Calcutta medical institutions reports 1879-81 [i.e.91]
Year: 1879
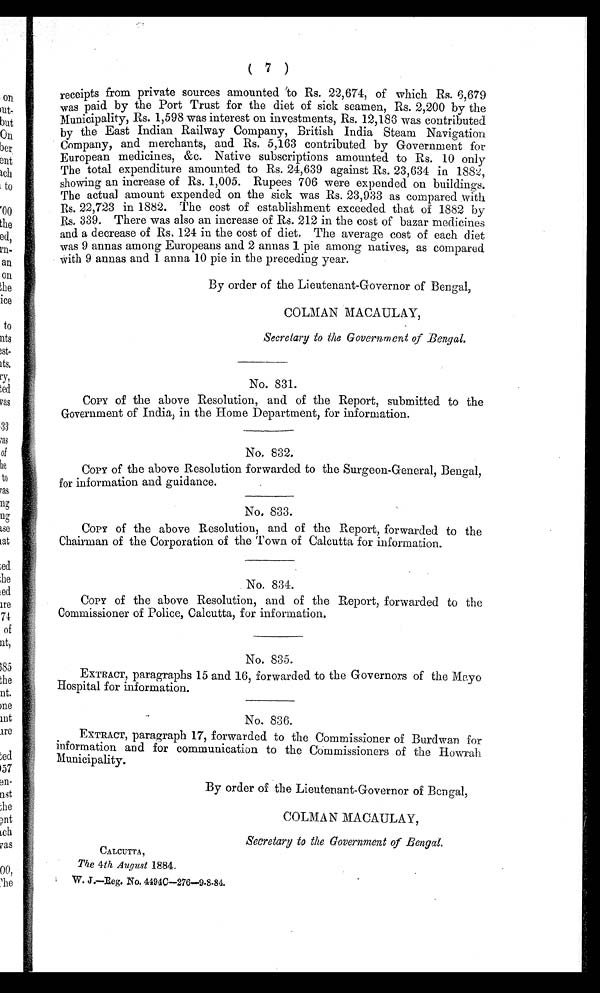
( 7 )
receipts from private sources amounted to Rs. 22,674, of which Rs. 6,679
was paid by the Port Trust for the diet of sick seamen, Rs. 2,200 by the
Municipality, Rs. 1,598 was interest on investments, Rs. 12,186 was contributed
by the East Indian Railway Company, British India Steam Navigation
Company, and merchants, and Rs. 5,163 contributed by Government for
European medicines, &c. Native subscriptions amounted to Rs. 10 only
The total expenditure amounted to Rs. 24,639 against Rs. 23,634 in 1882,
showing an increase of Rs. 1,005. Rupees 706 were expended on buildings.
The actual amount expended on the sick was Rs. 23,933 as compared with
Rs. 22,723 in 1882. The cost of establishment exceeded that of 1882 by
Rs. 339. There was also an increase of Rs. 212 in the cost of bazar medicines
and a decrease of Rs. 124 in the cost of diet. The average cost of each diet
was 9 annas among Europeans and 2 annas 1 pie among natives, as compared
with 9 annas and 1 anna 10 pie in the preceding year.
By order of the Lieutenant-Governor of Bengal,
COLMAN MACAULAY,
Secretary to the Government of Bengal.
No. 831.
COPY of the above Resolution, and of the Report, submitted to the
Government of India, in the Home Department, for information.
No. 832.
COPY of the above Resolution forwarded to the Surgeon-General, Bengal,
for information and guidance.
No. 833.
COPY of the above Resolution, and of the Report, forwarded to the
Chairman of the Corporation of the Town of Calcutta for information.
No. 834.
COPY of the above Resolution, and of the Report, forwarded to the
Commissioner of Police, Calcutta, for information.
No. 835.
EXTRACT, paragraphs 15 and 16, forwarded to the Governors of the Mayo
Hospital for information.
No. 836.
EXTRACT, paragraph 17, forwarded to the Commissioner of Burdwan for
information and for communication to the Commissioners of the Howrah
Municipality.
By order of the Lieutenant-Governor of Bengal,
COLMAN MACAULAY,
Secretary to the Government of Bengal,
CALCUTTA,
The 4th August 1884.
W. J.-Reg. No. 4494C-276-9.8.84.